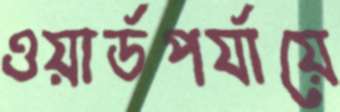
ওয়ার্ডপর্যায়ে